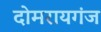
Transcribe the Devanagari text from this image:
दोमरायगंज